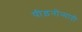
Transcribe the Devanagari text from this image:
पीड़नोन्मादी